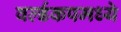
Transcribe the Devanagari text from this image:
वर्ल्डकपमध्ये